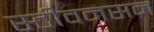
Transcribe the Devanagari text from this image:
स्टीवनसन